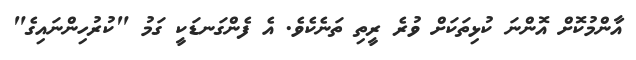
އާންމުކޮށް އޮންނަ ކުޅިތަކަށް ވުރެ ރީތި ތަނެކެވެ. އެ ފެންގަނޑަކީ ގަމު "ކުރުހިންނައިގެ"